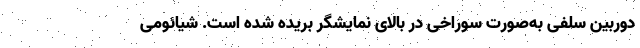
دوربین سلفی به‌صورت سوراخی در بالای نمایشگر بریده شده است. شیائومی